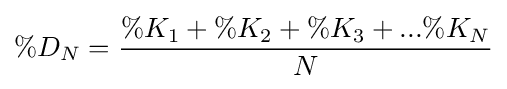
\%D_{N}={\frac {\%K_{1}+\%K_{2}+\%K_{3}+...\%K_{N}}{N}}